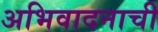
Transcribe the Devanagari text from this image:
अभिवादनाची